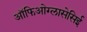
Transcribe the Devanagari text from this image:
ऑफिओग्लासेसिई